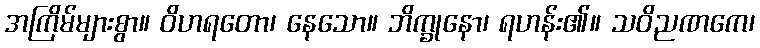
အကြိမ်များစွာ။ ဝိဟရတော၊ နေသော။ ဘိက္ခုနော၊ ရဟန်း၏။ သဝိညဏကေ၊